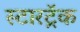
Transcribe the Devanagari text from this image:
स्टारट्रॅक